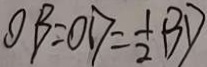
O B = O D = \frac { 1 } { 2 } B D